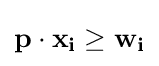
\mathbf {p} \cdot \mathbf {x_{i}} \geq \mathbf {w_{i}}